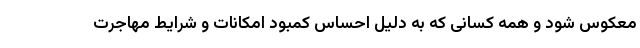
معکوس شود و همه کسانی که به دلیل احساس کمبود امکانات و شرایط مهاجرت